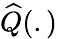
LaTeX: {\widehat Q}(.)